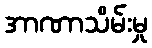
အာဏာသိမ်းမှု